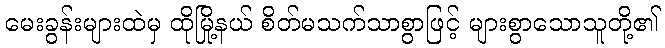
မေးခွန်းများထဲမှ ထိုမြို့နယ် စိတ်မသက်သာစွာဖြင့် များစွာသောသူတို့၏